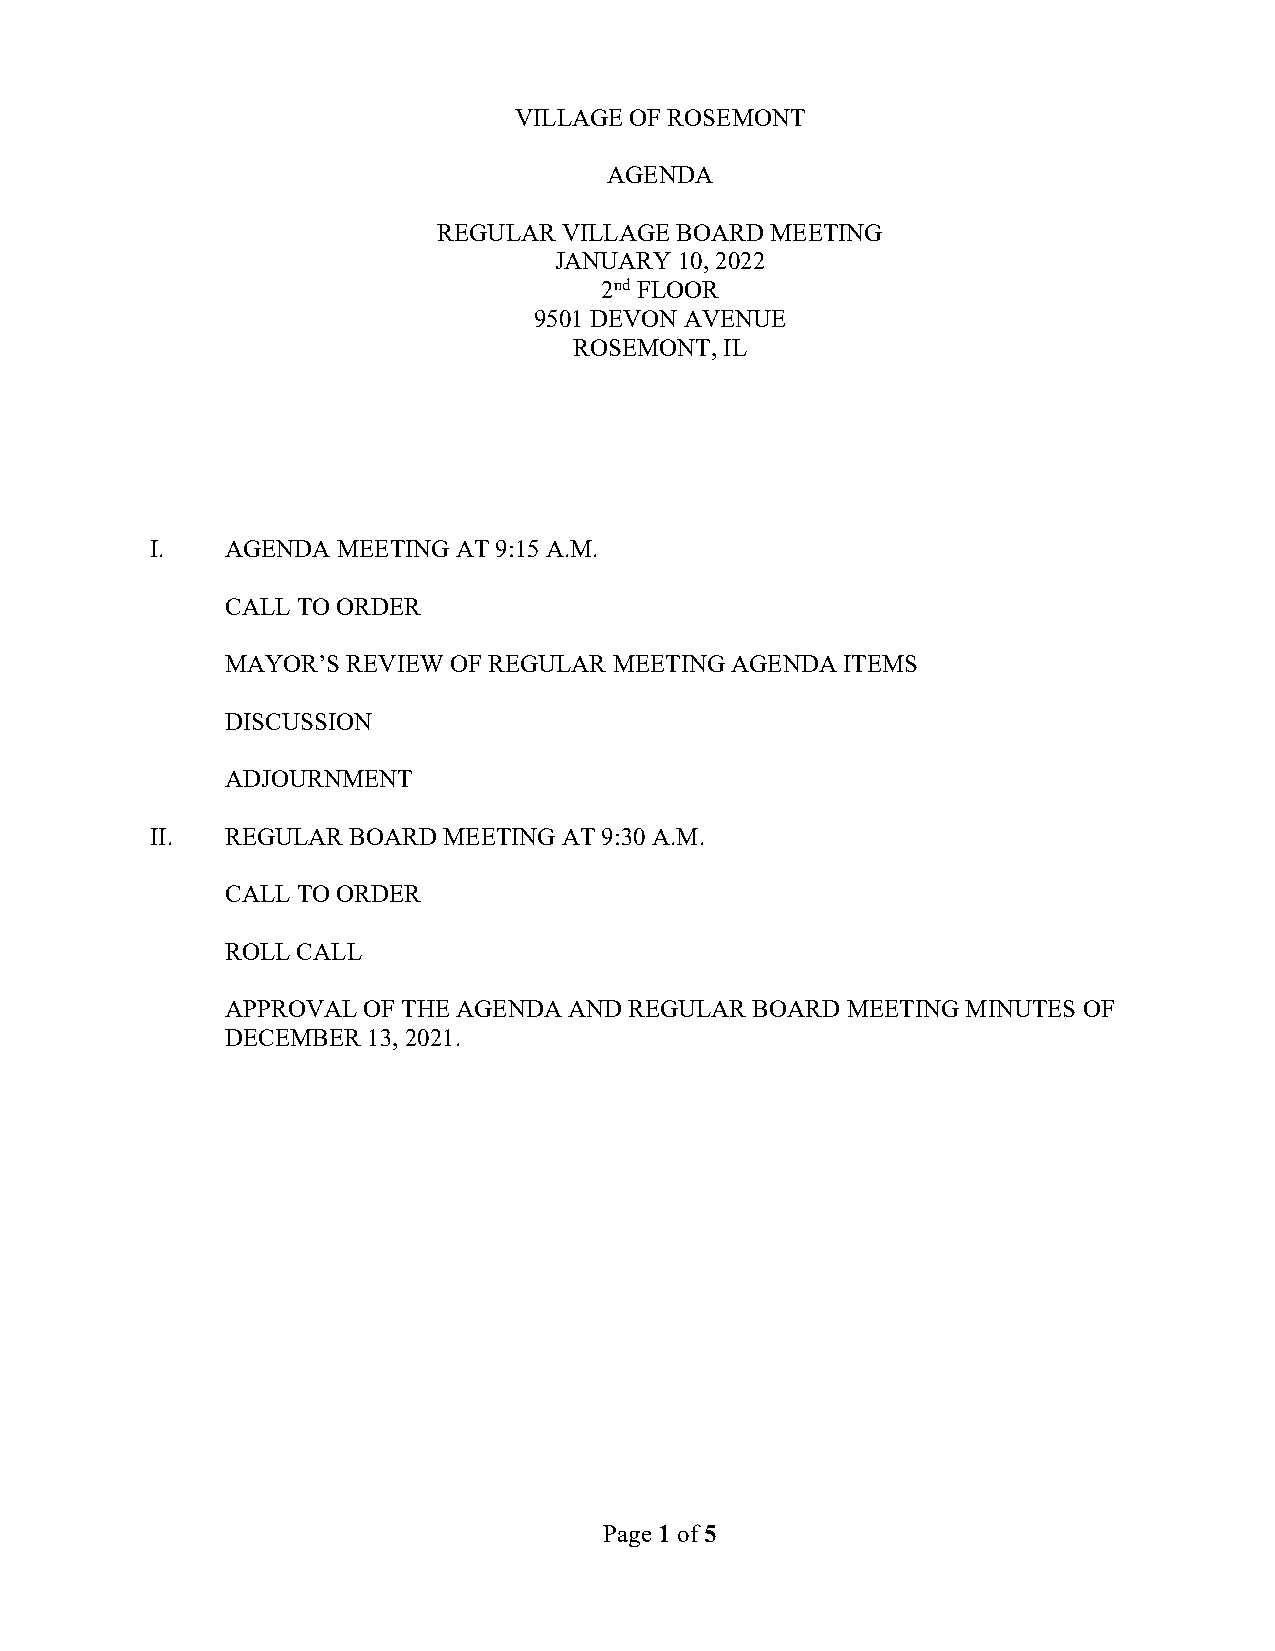
VILLAGE OF ROSEMONT
 AGENDA
 REGULAR VILLAGE BOARD MEETING
 JANUARY 10, 2022
 2nd FLOOR
 9501 DEVON AVENUE
 ROSEMONT, IL
 I.   AGENDA MEETING AT 9:15 A.M.
 CALL TO ORDER
 MAYOR’S REVIEW OF REGULAR MEETING AGENDA ITEMS
 DISCUSSION
 ADJOURNMENT
 II.  REGULAR BOARD MEETING AT 9:30 A.M.
 CALL TO ORDER
 ROLL CALL
 APPROVAL OF THE AGENDA AND REGULAR BOARD MEETING MINUTES OF
 DECEMBER 13, 2021.
 Page 1 of 5